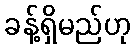
ခန့်ရှိမည်ဟု